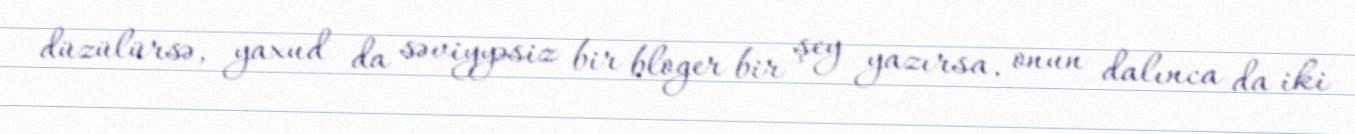
düzülürsə, yaxud da səviyyəsiz bir bloger bir şey yazırsa, onun dalınca da iki